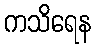
ကသိရေန